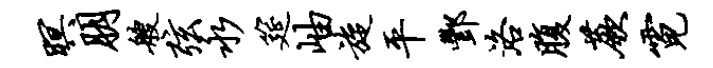
暝朋艘弦永筵岫旋平酆洛腹蕨霓